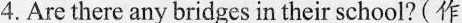
4.Are there any bridges in their school?(作